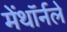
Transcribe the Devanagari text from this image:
मेंथॉर्नले